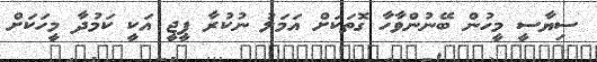
ސިޔާސީ މީހުން ބޭނުންވާހާ ގޮތަކަށް އަމަލު ނުކުރާ ޕީޖީ އަކީ ކަމުދާ މީހަކަށް